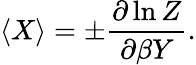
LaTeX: \langle X\rangle=\pm{\frac{\partial\ln Z}{\partial\beta Y}}.